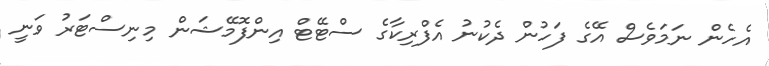
އެހެން ނަމަވެސް އޭގެ ފަހުން ދެކުނު އެފްރިކާގެ ސްޓޭޓް އިންފޮމޭޝަން މިނިސްޓަރު ވަނީ